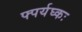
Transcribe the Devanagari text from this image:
फ्पर्यघ्कः